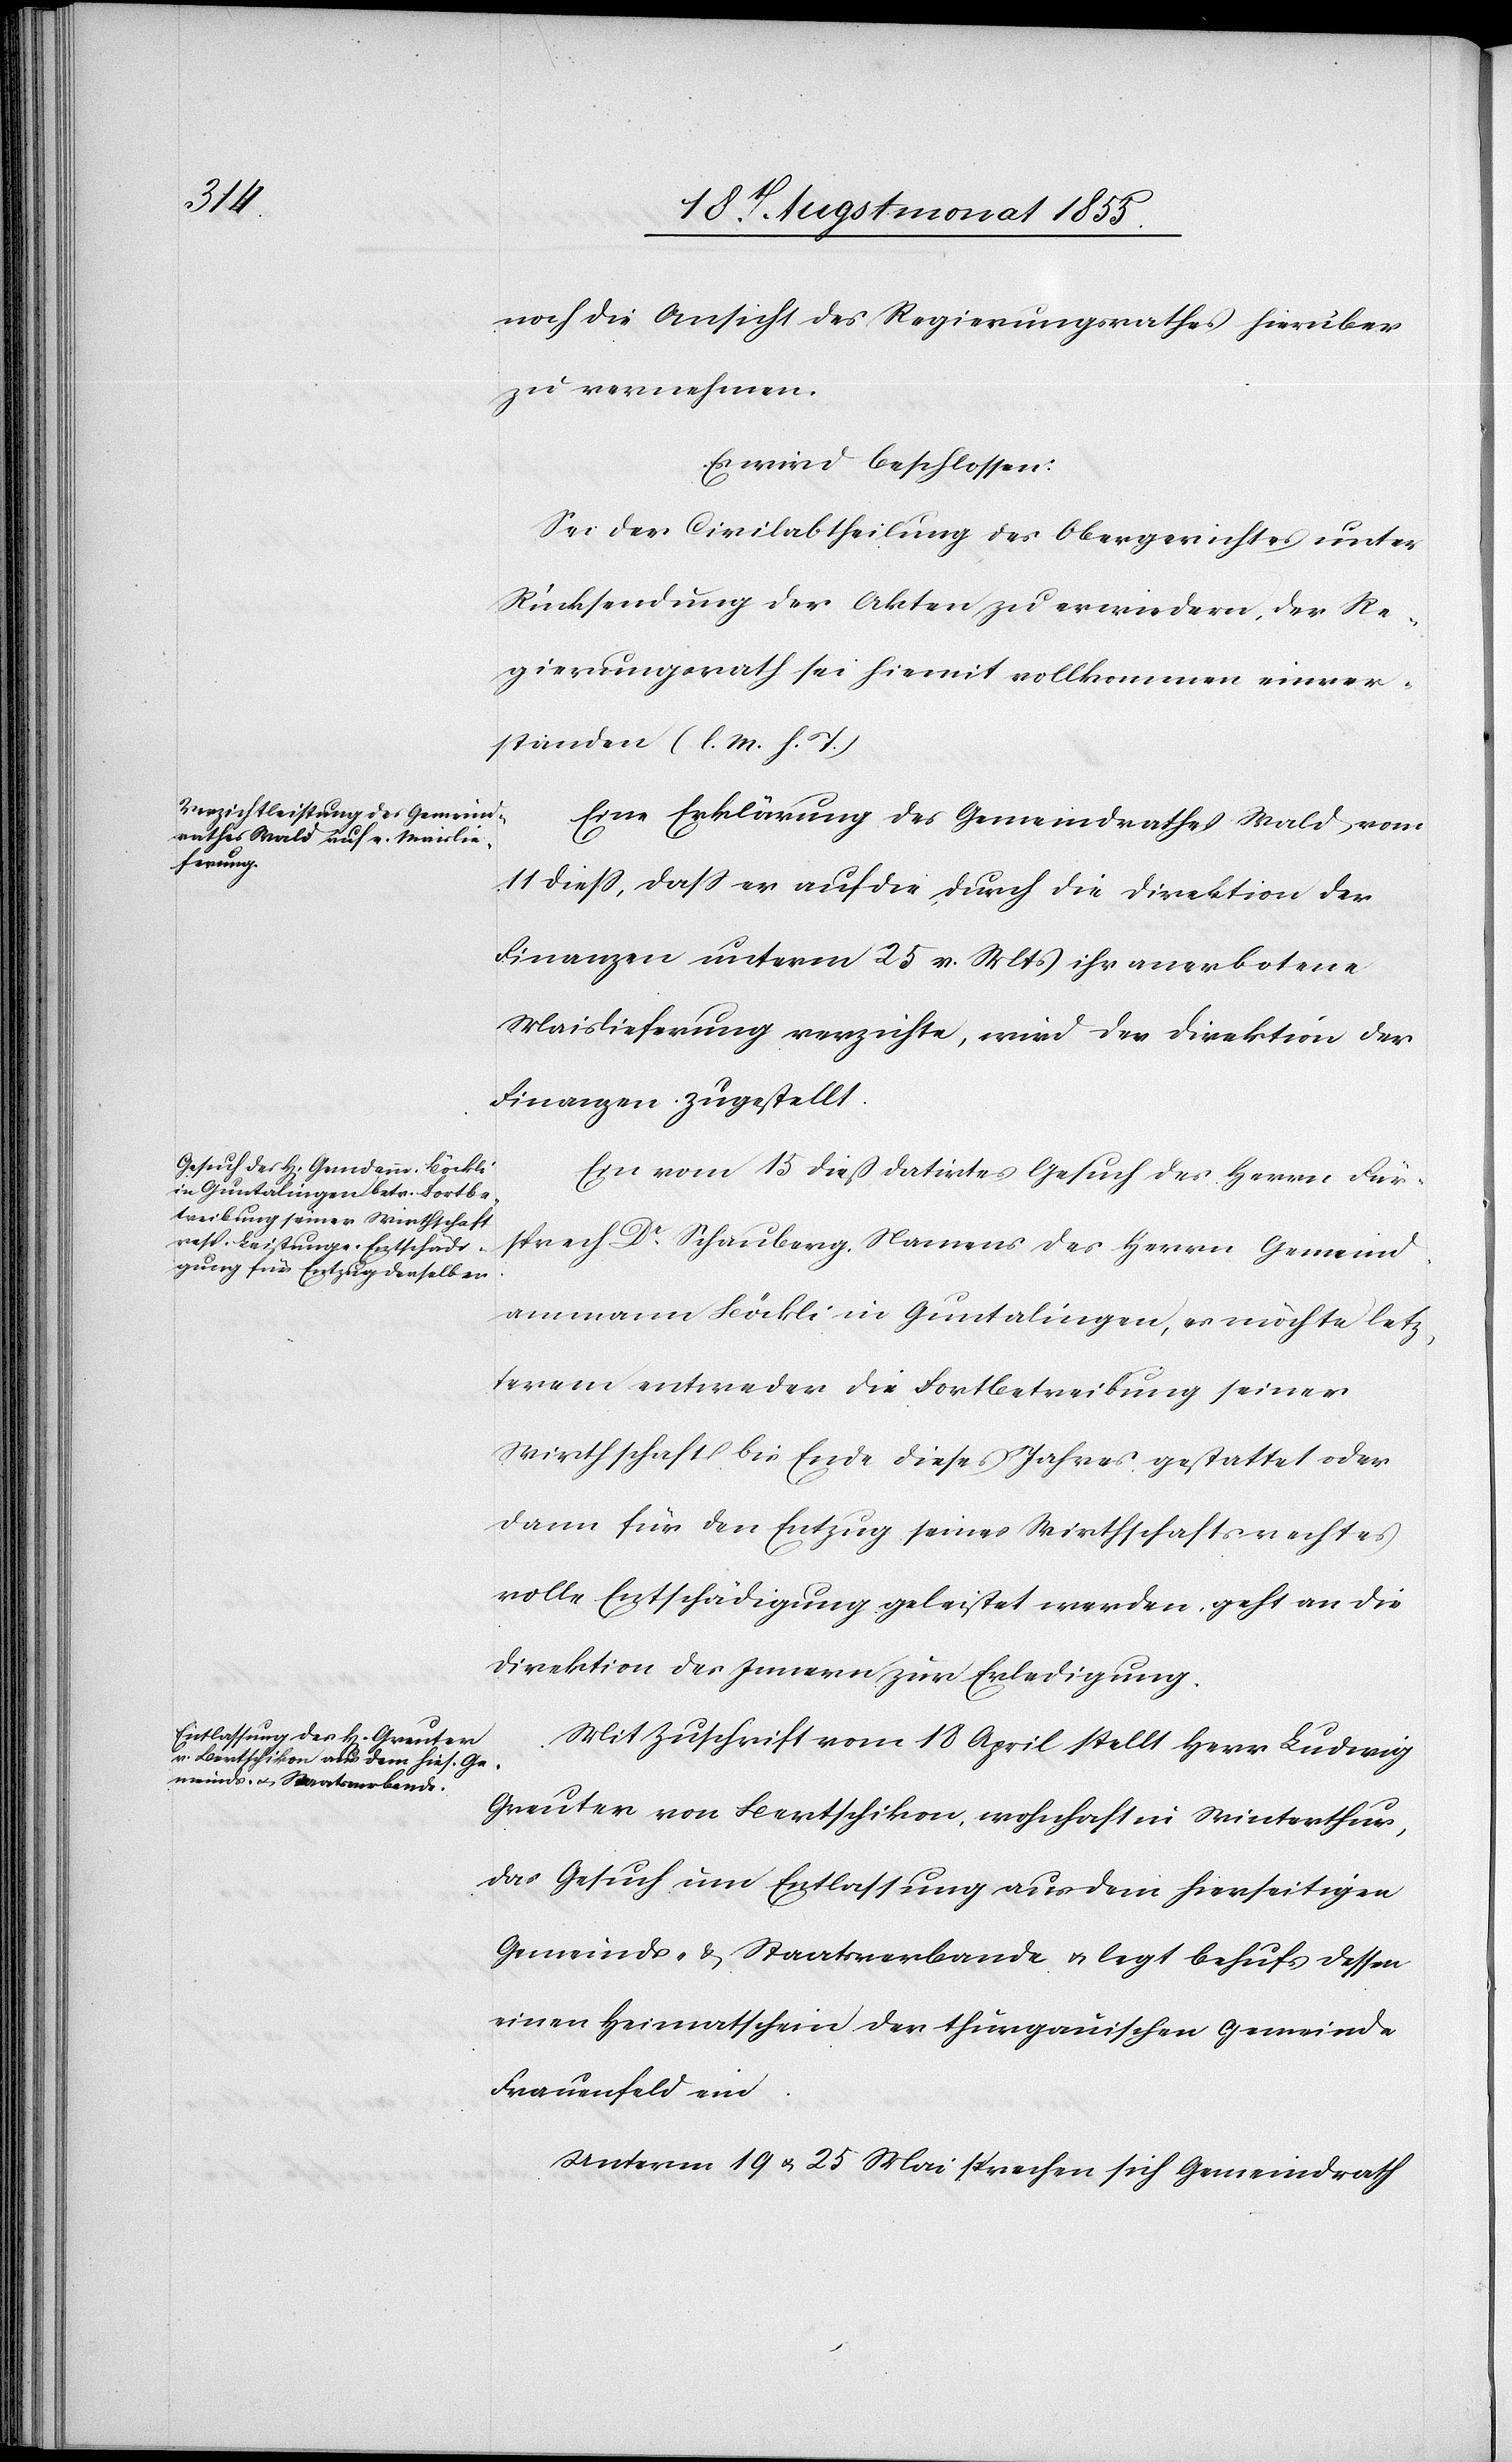
noch die Ansicht des Regierungsrathes hierüber
zu vernehmen.
Es wird beschlossen:
Sei der Civilabtheilung des Obergerichtes unter
Rücksendung der Akten zu erwiedern, der Re¬
gierungsrath sei hiemit vollkommen einver¬
standen (l. M. h. T.)
Eine Erklärung des Gemeindrathes Wald vom
11 diess, dass er auf die, durch die Direktion der
Finanzen unterm 25 v. Mts ihr anerbotene
Maislieferung verzichte, wird der Direktion der
Finanzen zugestellt.
Ein vom 15 dieß datirtes Gesuch des Herrn Für¬
sprech Dr. Schauberg, Namens des Herrn Gemeind¬
ammann Böckli in Guntalingen, es möchte letz¬
terem entweder die Fortbetreibung seiner
Wirthschaft bis Ende dieses Jahres gestattet oder
dann für den Entzug seines Wirthschaftsrechtes
volle Entschädigung geleistet werden, geht an die
Direktion des Innern zur Erledigung.
Mit Zuschrift vom 18 April stellt Herr Ludwig
Greuter von Bertschikon, wohnhaft in Winterthur,
das Gesuch um Entlassung aus dem hierseitigen
Gemeinds- & Staatsverbande & legt behufs dessen
einen Heimatschein der thurgauischen Gemeinde
Frauenfeld ein.
Unterm 19 & 25 Mai sprechen sich Gemeindrath